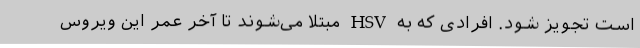
است تجویز شود. افرادی که به HSV مبتلا می‌شوند تا آخر عمر این ویروس